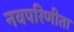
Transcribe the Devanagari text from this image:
नवपरिणीता